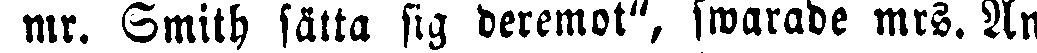
mr. Smith sätta sig deremot", swarade mrs. An-